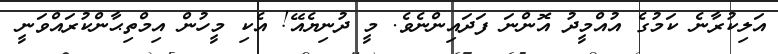
އަލިކުރާނެ ކަމުގެ އުއްމީދު އޮންނަ ފަދައިންނެވެ. މީ ދުނިޔެއޭ! އެކި މީހުން އިމްތިޙާންކުރައްވަނީ